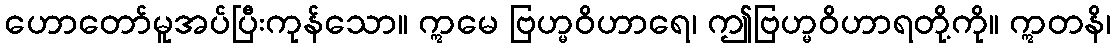
ဟောတော်မူအပ်ပြီးကုန်သော။ ဣမေ ဗြဟ္မဝိဟာရေ၊ ဤဗြဟ္မဝိဟာရတို့ကို။ ဣတနိ၊